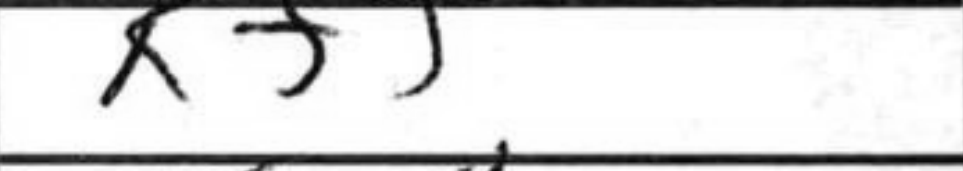
Transcription: Kf5